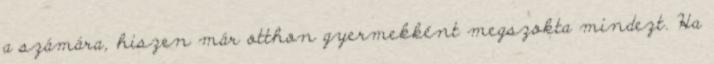
a számára, hiszen már otthon gyermekként megszokta mindezt. Ha